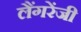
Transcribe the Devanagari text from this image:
लैंगरेंजी